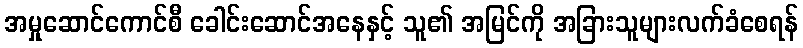
အမှုဆောင်ကောင်စီ ခေါင်းဆောင်အနေနှင့် သူ၏ အမြင်ကို အခြားသူများလက်ခံစေရန်